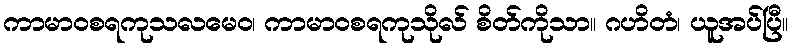
ကာမာဝစရကုသလမေဝ၊ ကာမာဝစရကုသိုလ် စိတ်ကိုသာ။ ဂဟိတံ၊ ယူအပ်ပြီ။